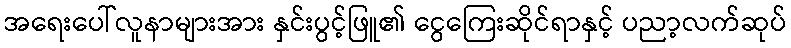
အရေးပေါ်လူနာများအား နှင်းပွင့်ဖြူ၏ ငွေကြေးဆိုင်ရာနှင့် ပညာ့လက်ဆုပ်